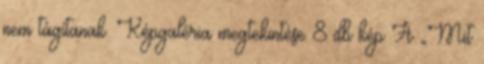
nem tágítanak. Képgaléria megtekintése 8 db kép A „Mit